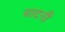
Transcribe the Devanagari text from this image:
वादनी